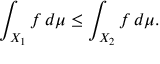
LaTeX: \int _ { X _ { 1 } } f \, d \mu \leq \int _ { X _ { 2 } } f \, d \mu .